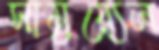
সামুয়্যেল